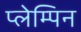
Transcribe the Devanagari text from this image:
प्लेम्पिन